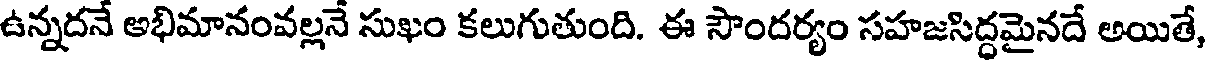
ఉన్నదనే అభిమానంవల్లనే సుఖం కలుగుతుంది. ఈ సౌందర్యం సహజసిద్ధమైనదే అయితే,